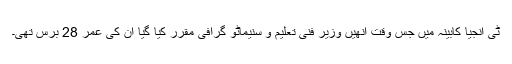
ٹی انجیا کابینہ میں جس وقت انھیں وزیر فنی تعلیم و سنیماٹو گرافی مقرر کیا گیا ان کی عمر 28 برس تھی۔